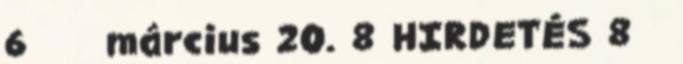
6 március 20. 8 HIRDETÉS 8